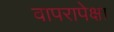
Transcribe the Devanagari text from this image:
वापरापेक्षा